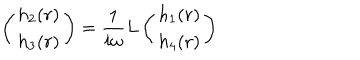
\left( \begin{array} { c } { { h _ { 2 } ( r ) } } \\ { { h _ { 3 } ( r ) } } \\ \end{array} \right) = { \frac { 1 } { i \omega } } L \left( \begin{array} { c } { { h _ { 1 } ( r ) } } \\ { { h _ { 4 } ( r ) } } \\ \end{array} \right)